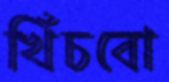
খিঁচবো